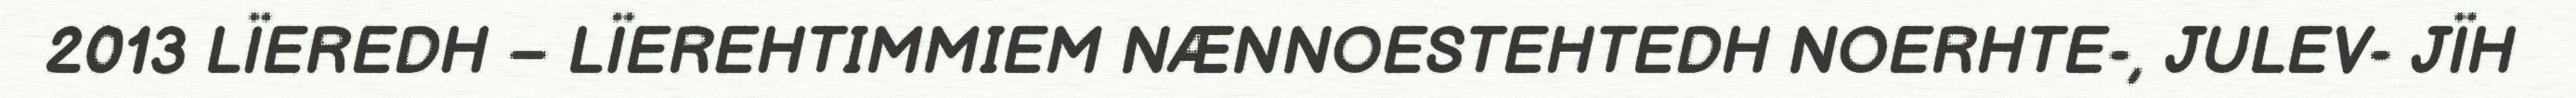
2013 LÏEREDH – LÏEREHTIMMIEM NÆNNOESTEHTEDH NOERHTE-, JULEV- JÏH